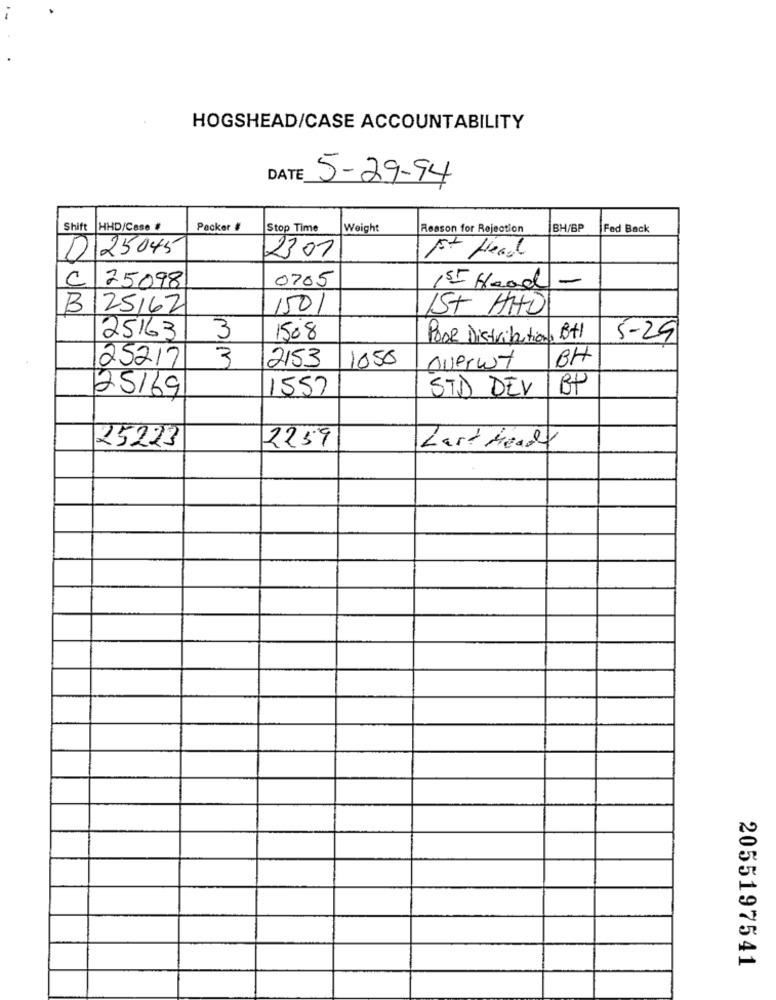
HOGSHEAD/CASE ACCOUNTABILITY
DATE
5-29-94
Shift
HHD/Case #
Packer #
Stop Time
Weight
Reason for Rejection
BH/BP
Fed Back
0125045
2301
1st Head
C 25098
0705
155 Head -
B125162
1501
IST HHO
25163
3
1508
Poor Distribution, Btl
5-29
25217
3
2153
1050
BH
overwy
25/69
1557
STD DEV
25223
2259
Last Heads
2055197541